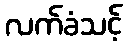
လက်ခံသင့်